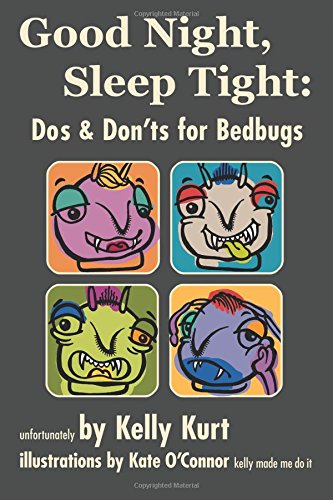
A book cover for Good Night, Sleep Tight: Dos & Don'ts for Bedbugs; Kelly Kurt; Humor & Entertainment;